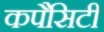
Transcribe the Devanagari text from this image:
कपैसिटी